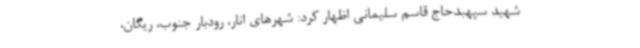
شهید سپهبدحاج قاسم سلیمانی اظهار کرد: شهرهای انار، رودبار جنوب، ریگان،